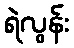
ရဲလွန်း